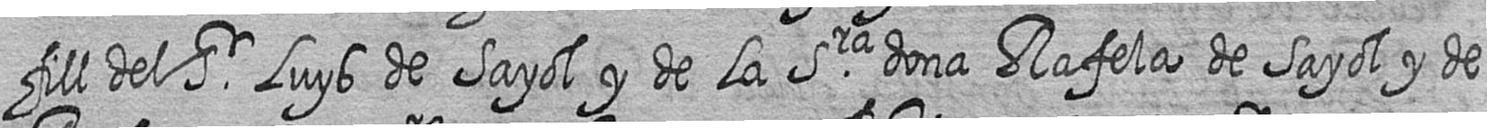
fill del Sr Luys de Sayol y de la Sra dona Rafela de Sayol y de